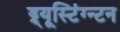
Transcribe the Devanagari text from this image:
ड्र्यूस्टिंग्न्टन